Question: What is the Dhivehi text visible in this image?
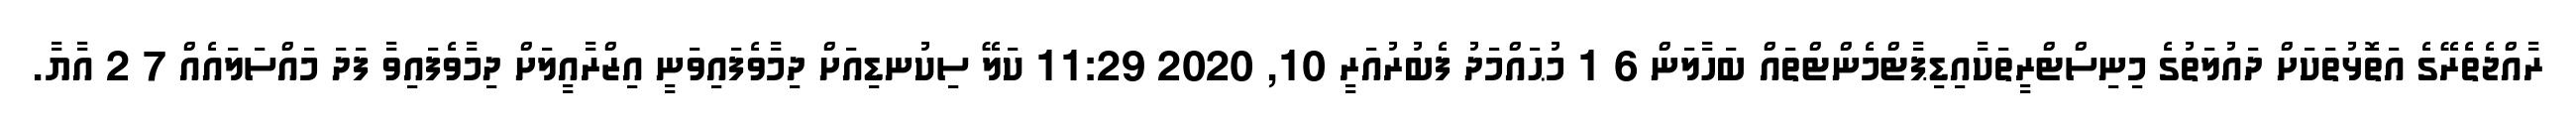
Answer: ރާއްޖެތެރޭގެ އަތޮޅުތަކަށް ދައުލަތުގެ މިނިސްޓްރީތަކާއިޑިޕާޓްމެންޓްތައް ބަހާލަން 6 1 މުޙައްމަދު ފެބުރުއަރީ 10, 2020 11:29 ކަލޭ ސިކުނޑިއަށް ދިމާވެފައިވަނީ އިޒްރާއީލަށް ދިމާވެފައިވާ ފަދަ މައްސަލައެއް 7 2 އާޔާ.